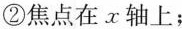
②焦点在x轴上；